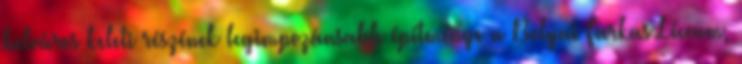
belváros keleti részének legimpozánsabb építménye a Bolyai Farkas Líceum,